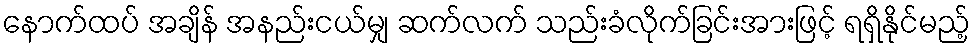
နောက်ထပ် အချိန် အနည်းငယ်မျှ ဆက်လက် သည်းခံလိုက်ခြင်းအားဖြင့် ရရှိနိုင်မည့်